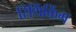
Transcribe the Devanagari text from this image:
रिथिंकिंग